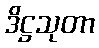
ဒိဋ္ဌသုတာ